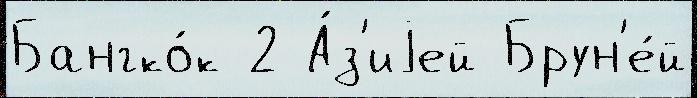
Бангко́к 2 А́з'иjей Брун'е́й